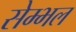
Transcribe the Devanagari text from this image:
सेम्भल